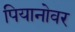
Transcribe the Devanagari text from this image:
पियानोवर